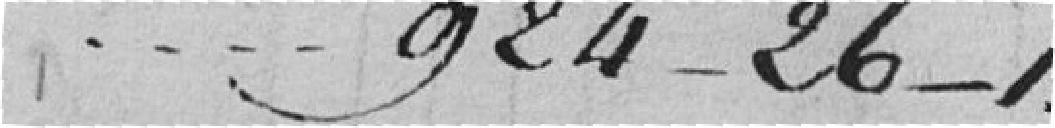
924frs ---- 26---1